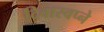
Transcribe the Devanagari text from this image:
दिवास्वप्ने